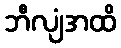
ဘီလျံအထိ